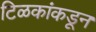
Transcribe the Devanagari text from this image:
टिळकांकडून